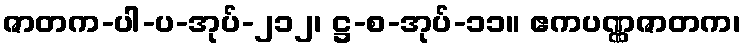
ဇာတက-ပါ-ပ-အုပ်-၂၁၂၊ ဋ္ဌ-စ-အုပ်-၁၁။ ဧကပဏ္ဏဇာတက၊